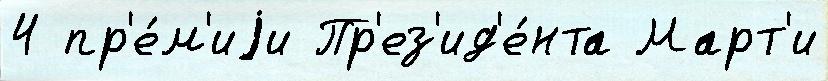
4 пр'е́м'иjи Пр'ез'ид'е́нта Март'и